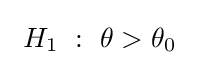
\ H_{1}\ :\ \theta >\theta _{0}~